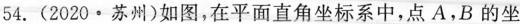
54.(2020·苏州)如图，在平面直角坐标系中，点A，B的坐